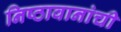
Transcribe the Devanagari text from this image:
निष्ठावानांची